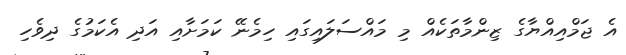
އެ ޖަމްއިއްޔާގެ ޒިންމާތަކެއް މި މައްސަލައިގައި ހިމެނޭ ކަމަށާއި އަދި އެކަމުގެ ދިވެހި